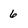
Character: 6